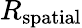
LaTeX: R_{\mathrm{spatial}}